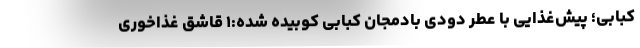
کبابی؛ پیش‌غذایی با عطر دودی بادمجان کبابی کوبیده شده:۱ قاشق غذاخوری